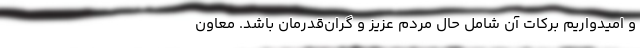
و امیدواریم برکات آن شامل حال مردم عزیز و گران‌قدرمان باشد. معاون